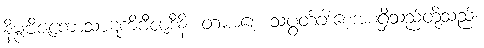
နိမ္ဗဗီဇကောသာဋကိဗီဇာဒီနိ၊ တမာစေ့ သပွတ်ခါးစေ့အစရှိသည်တို့သည်။